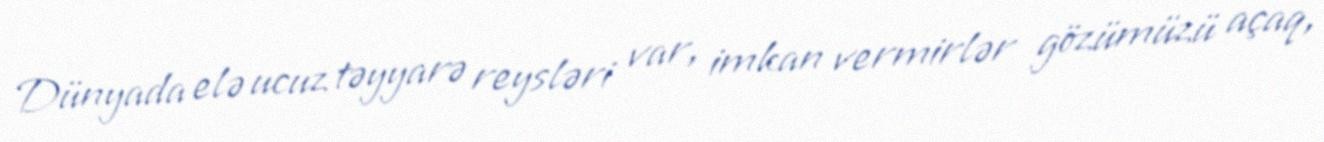
Dünyada elə ucuz təyyarə reysləri var, imkan vermirlər gözümüzü açaq,